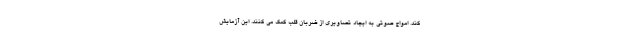
کند. امواج صوتی به ایجاد تصاویری از ضربان قلب کمک می کنند. این آزمایش